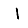
Digit: 1